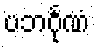
ပဘင်္ဂုဏံ